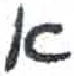
אות: א